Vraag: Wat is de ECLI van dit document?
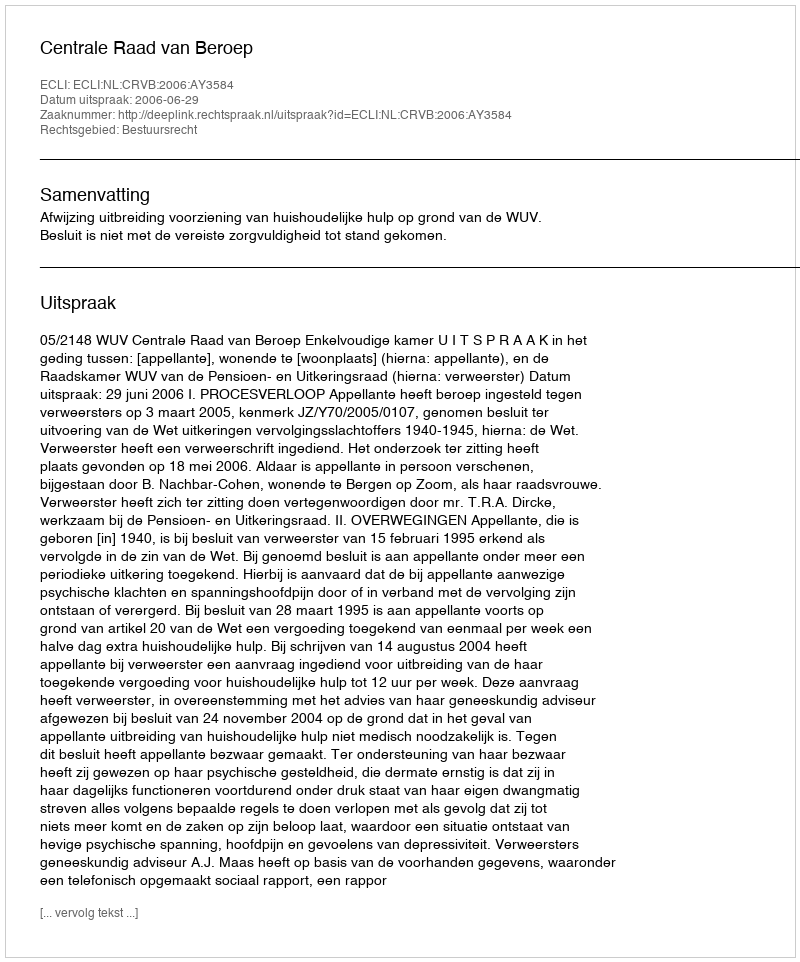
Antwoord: ECLI:NL:CRVB:2006:AY3584